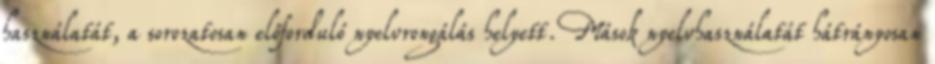
használatát, a sorozatosan előforduló nyelvrongálás helyett. Mások nyelvhasználatát hátrányosan